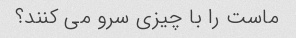
ماست را با چیزی سرو می کنند؟